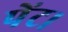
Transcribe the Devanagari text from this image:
पेंट।